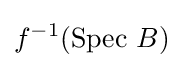
f^{-1}({\text{Spec }}B)